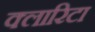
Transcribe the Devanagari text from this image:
क्लारिटा